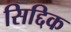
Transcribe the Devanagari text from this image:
सिद्दिक